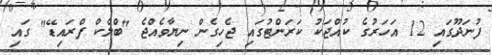
ފުނަދޫގައި 12 އަހަރުގެ ކުއްޖަކު ކަރަންޓުގައި ޖެހިގެން ނިޔާވެއްޖެ "ބްލެކް ފްރައިޑޭ" ގައި